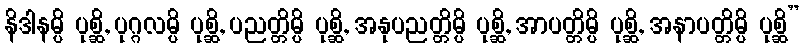
နိဒါနမ္ပိ ပုစ္ဆိ, ပုဂ္ဂလမ္ပိ ပုစ္ဆိ, ပညတ္တိမ္ပိ ပုစ္ဆိ, အနုပညတ္တိမ္ပိ ပုစ္ဆိ, အာပတ္တိမ္ပိ ပုစ္ဆိ, အနာပတ္တိမ္ပိ ပုစ္ဆိ”